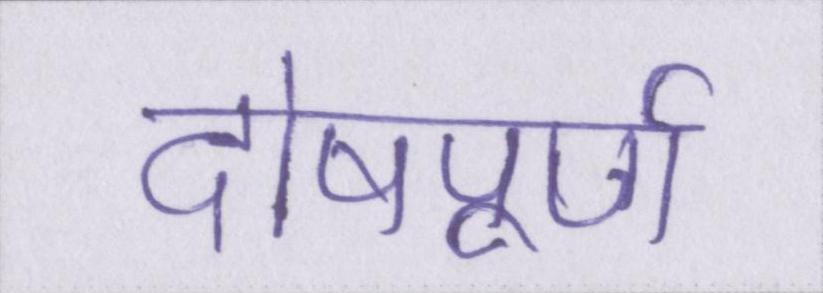
दोषपूर्ण